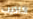
اكاذيب